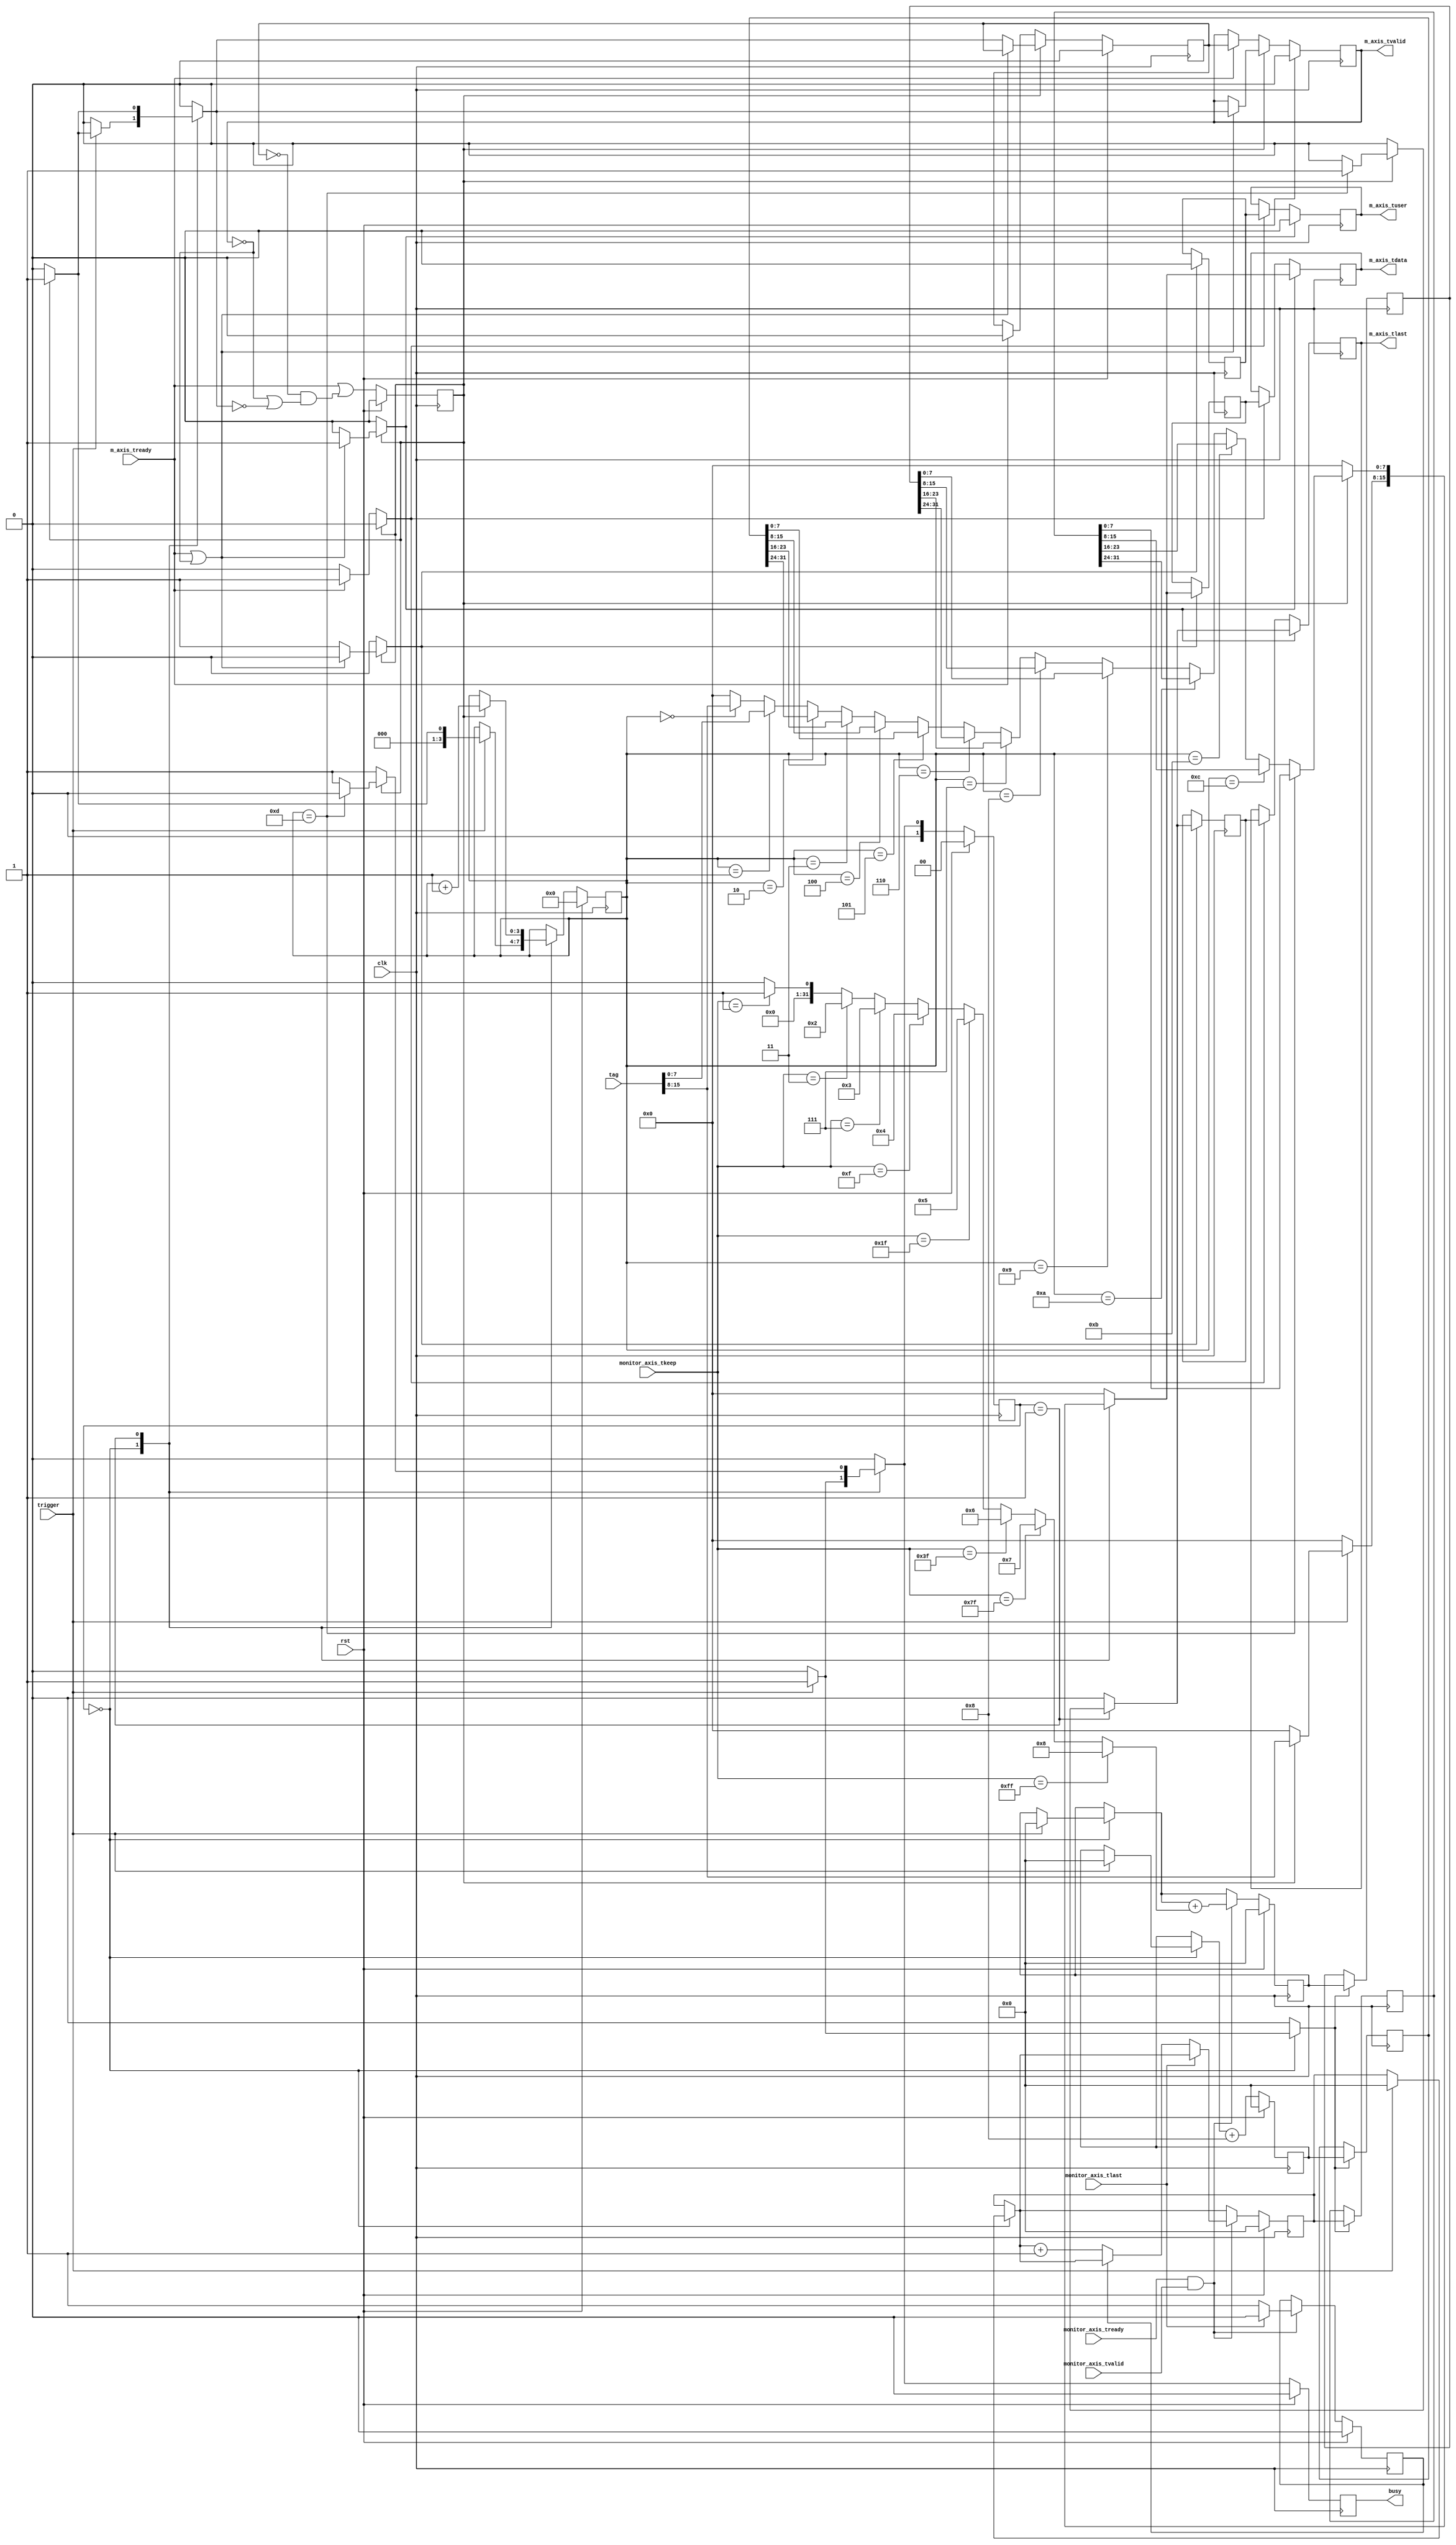
// This program was cloned from: https://github.com/simbricks/simbricks
// License: MIT License

/*

Copyright (c) 2014-2018 Alex Forencich

Permission is hereby granted, free of charge, to any person obtaining a copy
of this software and associated documentation files (the "Software"), to deal
in the Software without restriction, including without limitation the rights
to use, copy, modify, merge, publish, distribute, sublicense, and/or sell
copies of the Software, and to permit persons to whom the Software is
furnished to do so, subject to the following conditions:

The above copyright notice and this permission notice shall be included in
all copies or substantial portions of the Software.

THE SOFTWARE IS PROVIDED "AS IS", WITHOUT WARRANTY OF ANY KIND, EXPRESS OR
IMPLIED, INCLUDING BUT NOT LIMITED TO THE WARRANTIES OF MERCHANTABILITY
FITNESS FOR A PARTICULAR PURPOSE AND NONINFRINGEMENT. IN NO EVENT SHALL THE
AUTHORS OR COPYRIGHT HOLDERS BE LIABLE FOR ANY CLAIM, DAMAGES OR OTHER
LIABILITY, WHETHER IN AN ACTION OF CONTRACT, TORT OR OTHERWISE, ARISING FROM,
OUT OF OR IN CONNECTION WITH THE SOFTWARE OR THE USE OR OTHER DEALINGS IN
THE SOFTWARE.

*/

// Language: Verilog 2001

`timescale 1ns / 1ps

/*
 * AXI4-Stream statistics counter
 */
module axis_stat_counter #
(
    // Width of AXI stream interfaces in bits
    parameter DATA_WIDTH = 64,
    // Propagate tkeep signal
    // If disabled, tkeep assumed to be 1'b1
    parameter KEEP_ENABLE = (DATA_WIDTH>8),
    // tkeep signal width (words per cycle)
    parameter KEEP_WIDTH = (DATA_WIDTH/8),
    // Prepend data with tag
    parameter TAG_ENABLE = 1,
    // Tag field width
    parameter TAG_WIDTH = 16,
    // Count cycles
    parameter TICK_COUNT_ENABLE = 1,
    // Cycle counter width
    parameter TICK_COUNT_WIDTH = 32,
    // Count bytes
    parameter BYTE_COUNT_ENABLE = 1,
    // Byte counter width
    parameter BYTE_COUNT_WIDTH = 32,
    // Count frames
    parameter FRAME_COUNT_ENABLE = 1,
    // Frame counter width
    parameter FRAME_COUNT_WIDTH = 32
)
(
    input  wire                   clk,
    input  wire                   rst,

    /*
     * AXI monitor
     */
    input  wire [KEEP_WIDTH-1:0]  monitor_axis_tkeep,
    input  wire                   monitor_axis_tvalid,
    input  wire                   monitor_axis_tready,
    input  wire                   monitor_axis_tlast,

    /*
     * AXI status data output
     */
    output wire [7:0]             m_axis_tdata,
    output wire                   m_axis_tvalid,
    input  wire                   m_axis_tready,
    output wire                   m_axis_tlast,
    output wire                   m_axis_tuser,

    /*
     * Configuration
     */
    input  wire [TAG_WIDTH-1:0]   tag,
    input  wire                   trigger,

    /*
     * Status
     */
    output wire                   busy
);

localparam TAG_BYTE_WIDTH = (TAG_WIDTH + 7) / 8;
localparam TICK_COUNT_BYTE_WIDTH = (TICK_COUNT_WIDTH + 7) / 8;
localparam BYTE_COUNT_BYTE_WIDTH = (BYTE_COUNT_WIDTH + 7) / 8;
localparam FRAME_COUNT_BYTE_WIDTH = (FRAME_COUNT_WIDTH + 7) / 8;
localparam TOTAL_LENGTH = TAG_BYTE_WIDTH + TICK_COUNT_BYTE_WIDTH + BYTE_COUNT_BYTE_WIDTH + FRAME_COUNT_BYTE_WIDTH;

// state register
localparam [1:0]
    STATE_IDLE = 2'd0,
    STATE_OUTPUT_DATA = 2'd1;

reg [1:0] state_reg = STATE_IDLE, state_next;

reg [TICK_COUNT_WIDTH-1:0] tick_count_reg = 0, tick_count_next;
reg [BYTE_COUNT_WIDTH-1:0] byte_count_reg = 0, byte_count_next;
reg [FRAME_COUNT_WIDTH-1:0] frame_count_reg = 0, frame_count_next;
reg frame_reg = 1'b0, frame_next;

reg store_output;
reg [$clog2(TOTAL_LENGTH)-1:0] frame_ptr_reg = 0, frame_ptr_next;

reg [TICK_COUNT_WIDTH-1:0] tick_count_output_reg = 0;
reg [BYTE_COUNT_WIDTH-1:0] byte_count_output_reg = 0;
reg [FRAME_COUNT_WIDTH-1:0] frame_count_output_reg = 0;

reg busy_reg = 1'b0;

// internal datapath
reg [7:0]  m_axis_tdata_int;
reg        m_axis_tvalid_int;
reg        m_axis_tready_int_reg = 1'b0;
reg        m_axis_tlast_int;
reg        m_axis_tuser_int;
wire       m_axis_tready_int_early;

assign busy = busy_reg;

integer offset, i, bit_cnt;

always @* begin
    state_next = STATE_IDLE;

    tick_count_next = tick_count_reg;
    byte_count_next = byte_count_reg;
    frame_count_next = frame_count_reg;
    frame_next = frame_reg;

    m_axis_tdata_int = 8'd0;
    m_axis_tvalid_int = 1'b0;
    m_axis_tlast_int = 1'b0;
    m_axis_tuser_int = 1'b0;

    store_output = 1'b0;

    frame_ptr_next = frame_ptr_reg;

    // data readout

    case (state_reg)
        STATE_IDLE: begin
            if (trigger) begin
                store_output = 1'b1;
                tick_count_next = 0;
                byte_count_next = 0;
                frame_count_next = 0;
                frame_ptr_next = 0;

                if (m_axis_tready_int_reg) begin
                    frame_ptr_next = 1;
                    if (TAG_ENABLE) begin
                        m_axis_tdata_int = tag[(TAG_BYTE_WIDTH-1)*8 +: 8];
                    end else if (TICK_COUNT_ENABLE) begin
                        m_axis_tdata_int = tick_count_reg[(TICK_COUNT_BYTE_WIDTH-1)*8 +: 8];
                    end else if (BYTE_COUNT_ENABLE) begin
                        m_axis_tdata_int = byte_count_reg[(BYTE_COUNT_BYTE_WIDTH-1)*8 +: 8];
                    end else if (FRAME_COUNT_ENABLE) begin
                        m_axis_tdata_int = frame_count_reg[(FRAME_COUNT_BYTE_WIDTH-1)*8 +: 8];
                    end
                    m_axis_tvalid_int = 1'b1;
                end

                state_next = STATE_OUTPUT_DATA;
            end else begin
                state_next = STATE_IDLE;
            end
        end
        STATE_OUTPUT_DATA: begin
            if (m_axis_tready_int_reg) begin
                state_next = STATE_OUTPUT_DATA;
                frame_ptr_next = frame_ptr_reg + 1;
                m_axis_tvalid_int = 1'b1;

                offset = 0;
                if (TAG_ENABLE) begin
                    for (i = TAG_BYTE_WIDTH-1; i >= 0; i = i - 1) begin
                        if (frame_ptr_reg == offset) begin
                            m_axis_tdata_int = tag[i*8 +: 8];
                        end
                        offset = offset + 1;
                    end
                end
                if (TICK_COUNT_ENABLE) begin
                    for (i = TICK_COUNT_BYTE_WIDTH-1; i >= 0; i = i - 1) begin
                        if (frame_ptr_reg == offset) begin
                            m_axis_tdata_int = tick_count_output_reg[i*8 +: 8];
                        end
                        offset = offset + 1;
                    end
                end
                if (BYTE_COUNT_ENABLE) begin
                    for (i = BYTE_COUNT_BYTE_WIDTH-1; i >= 0; i = i - 1) begin
                        if (frame_ptr_reg == offset) begin
                            m_axis_tdata_int = byte_count_output_reg[i*8 +: 8];
                        end
                        offset = offset + 1;
                    end
                end
                if (FRAME_COUNT_ENABLE) begin
                    for (i = FRAME_COUNT_BYTE_WIDTH-1; i >= 0; i = i - 1) begin
                        if (frame_ptr_reg == offset) begin
                            m_axis_tdata_int = frame_count_output_reg[i*8 +: 8];
                        end
                        offset = offset + 1;
                    end
                end
                if (frame_ptr_reg == offset-1) begin
                    m_axis_tlast_int = 1'b1;
                    state_next = STATE_IDLE;
                end
            end else begin
                state_next = STATE_OUTPUT_DATA;
            end
        end
    endcase

    // stats collection

    // increment tick count by number of words that can be transferred per cycle
    tick_count_next = tick_count_next + (KEEP_ENABLE ? KEEP_WIDTH : 1);

    if (monitor_axis_tready && monitor_axis_tvalid) begin
        // valid transfer cycle

        // increment byte count by number of words transferred
        if (KEEP_ENABLE) begin
            bit_cnt = 0;
            for (i = 0; i <= KEEP_WIDTH; i = i + 1) begin
                //bit_cnt = bit_cnt + monitor_axis_tkeep[i];
                if (monitor_axis_tkeep == ({KEEP_WIDTH{1'b1}}) >> (KEEP_WIDTH-i)) bit_cnt = i;
            end
            byte_count_next = byte_count_next + bit_cnt;
        end else begin
            byte_count_next = byte_count_next + 1;
        end

        // count frames
        if (monitor_axis_tlast) begin
            // end of frame
            frame_next = 1'b0;
        end else if (!frame_reg) begin
            // first word after end of frame
            frame_count_next = frame_count_next + 1;
            frame_next = 1'b1;
        end
    end
end

always @(posedge clk) begin
    if (rst) begin
        state_reg <= STATE_IDLE;
        tick_count_reg <= 0;
        byte_count_reg <= 0;
        frame_count_reg <= 0;
        frame_reg <= 1'b0;
        frame_ptr_reg <= 0;
        busy_reg <= 1'b0;
    end else begin
        state_reg <= state_next;
        tick_count_reg <= tick_count_next;
        byte_count_reg <= byte_count_next;
        frame_count_reg <= frame_count_next;
        frame_reg <= frame_next;
        frame_ptr_reg <= frame_ptr_next;

        busy_reg <= state_next != STATE_IDLE;
    end

    if (store_output) begin
        tick_count_output_reg <= tick_count_reg;
        byte_count_output_reg <= byte_count_reg;
        frame_count_output_reg <= frame_count_reg;
    end
end

// output datapath logic
reg [7:0] m_axis_tdata_reg = 8'd0;
reg       m_axis_tvalid_reg = 1'b0, m_axis_tvalid_next;
reg       m_axis_tlast_reg = 1'b0;
reg       m_axis_tuser_reg = 1'b0;

reg [7:0] temp_m_axis_tdata_reg = 8'd0;
reg       temp_m_axis_tvalid_reg = 1'b0, temp_m_axis_tvalid_next;
reg       temp_m_axis_tlast_reg = 1'b0;
reg       temp_m_axis_tuser_reg = 1'b0;

// datapath control
reg store_axis_int_to_output;
reg store_axis_int_to_temp;
reg store_axis_temp_to_output;

assign m_axis_tdata = m_axis_tdata_reg;
assign m_axis_tvalid = m_axis_tvalid_reg;
assign m_axis_tlast = m_axis_tlast_reg;
assign m_axis_tuser = m_axis_tuser_reg;

// enable ready input next cycle if output is ready or the temp reg will not be filled on the next cycle (output reg empty or no input)
assign m_axis_tready_int_early = m_axis_tready || (!temp_m_axis_tvalid_reg && (!m_axis_tvalid_reg || !m_axis_tvalid_int));

always @* begin
    // transfer sink ready state to source
    m_axis_tvalid_next = m_axis_tvalid_reg;
    temp_m_axis_tvalid_next = temp_m_axis_tvalid_reg;

    store_axis_int_to_output = 1'b0;
    store_axis_int_to_temp = 1'b0;
    store_axis_temp_to_output = 1'b0;

    if (m_axis_tready_int_reg) begin
        // input is ready
        if (m_axis_tready || !m_axis_tvalid_reg) begin
            // output is ready or currently not valid, transfer data to output
            m_axis_tvalid_next = m_axis_tvalid_int;
            store_axis_int_to_output = 1'b1;
        end else begin
            // output is not ready, store input in temp
            temp_m_axis_tvalid_next = m_axis_tvalid_int;
            store_axis_int_to_temp = 1'b1;
        end
    end else if (m_axis_tready) begin
        // input is not ready, but output is ready
        m_axis_tvalid_next = temp_m_axis_tvalid_reg;
        temp_m_axis_tvalid_next = 1'b0;
        store_axis_temp_to_output = 1'b1;
    end
end

always @(posedge clk) begin
    if (rst) begin
        m_axis_tvalid_reg <= 1'b0;
        m_axis_tready_int_reg <= 1'b0;
        temp_m_axis_tvalid_reg <= 1'b0;
    end else begin
        m_axis_tvalid_reg <= m_axis_tvalid_next;
        m_axis_tready_int_reg <= m_axis_tready_int_early;
        temp_m_axis_tvalid_reg <= temp_m_axis_tvalid_next;
    end

    // datapath
    if (store_axis_int_to_output) begin
        m_axis_tdata_reg <= m_axis_tdata_int;
        m_axis_tlast_reg <= m_axis_tlast_int;
        m_axis_tuser_reg <= m_axis_tuser_int;
    end else if (store_axis_temp_to_output) begin
        m_axis_tdata_reg <= temp_m_axis_tdata_reg;
        m_axis_tlast_reg <= temp_m_axis_tlast_reg;
        m_axis_tuser_reg <= temp_m_axis_tuser_reg;
    end

    if (store_axis_int_to_temp) begin
        temp_m_axis_tdata_reg <= m_axis_tdata_int;
        temp_m_axis_tlast_reg <= m_axis_tlast_int;
        temp_m_axis_tuser_reg <= m_axis_tuser_int;
    end
end

endmodule